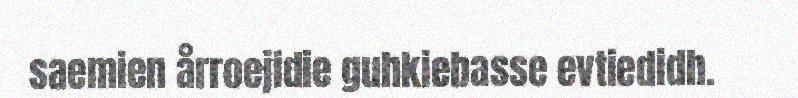
saemien årroejidie guhkiebasse evtiedidh.